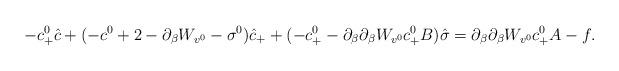
LaTeX: \begin{align*} -c^0_+\hat{c}+(-c^0+2-\partial_{\beta}W_{v^0}-\sigma^0)\hat{c}_++(-c^0_+-\partial_{\beta}\partial_{\beta} W_{v^0} c_+^0B)\hat{\sigma}=\partial_{\beta}\partial_{\beta}W_{v^0} c^0_+A-f.\end{align*}